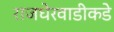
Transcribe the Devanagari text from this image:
राजधेरवाडीकडे